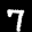
Label: 7